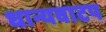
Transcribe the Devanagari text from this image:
धान्यवाटप